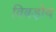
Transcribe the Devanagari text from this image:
विबड़ोद